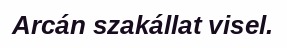
Arcán szakállat visel.